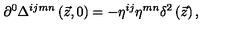
\partial ^ { 0 } \Delta ^ { i j m n } \left( \vec { z } , 0 \right) = - \eta ^ { i j } \eta ^ { m n } \delta ^ { 2 } \left( \vec { z } \right) ,